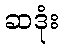
ဆဒုံး